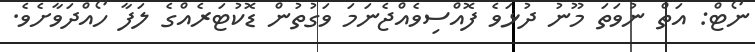
ނޯޓް: އަތް ނުވަތަ މޫނު ދުޅަވެ ފޮއްސިވެއްޖެނަމަ ވަގުތުން ޑޮކުޓަރެއްގެ ލަފާ ހޯއްދަވާށެވެ.